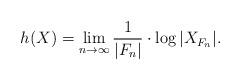
LaTeX: \begin{align*} h(X) = \lim_{n \to \infty}\frac{1}{|F_n|}\cdot \log|X_{F_n}|. \end{align*}